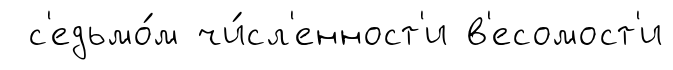
с'едьмо́м чи́сл'енност'и в'есомост'и